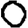
Digit: 0